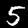
Label: 5